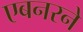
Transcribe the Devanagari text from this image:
एबनरने